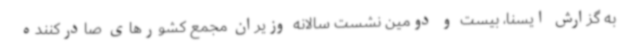
به گزارش ایسنا، بیست و دومین نشست سالانه وزیران مجمع کشورهای صادرکننده